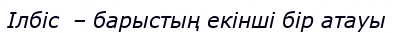
Ілбіс  – барыстың екінші бір атауы